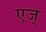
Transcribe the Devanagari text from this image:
एज्